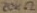
Text: 20KΩ